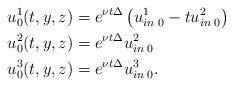
LaTeX: \begin{align*}u^1_0(t,y,z) & = e^{\nu t \Delta}\left(u^1_{in \; 0} - t u_{in \; 0}^2\right) \\ u^2_0(t,y,z) & = e^{\nu t \Delta} u^2_{in \; 0} \\u^3_0(t,y,z) & = e^{\nu t \Delta} u^3_{in \; 0}. \end{align*}